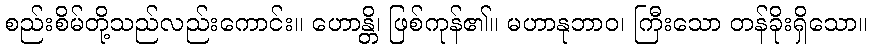
စည်းစိမ်တို့သည်လည်းကောင်း။ ဟောန္တိ၊ ဖြစ်ကုန်၏။ မဟာနုဘာဝ၊ ကြီးသော တန်ခိုးရှိသော။